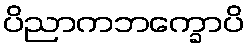
ပိညာကဘက္ခောပိ